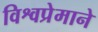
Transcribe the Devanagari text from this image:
विश्वप्रेमाने